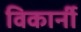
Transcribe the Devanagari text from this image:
विकार्नी